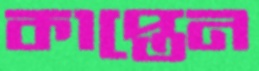
কাপ্তেন